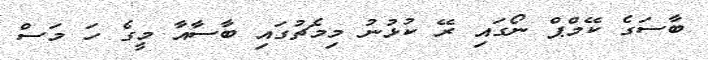
ބާސަގެ ކޭމްޕް ނޯގައި ރޭ ކުޅުނު މިމެޗުގައި ބާސާއާ މީގެ ހަ މަސް